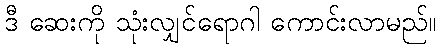
ဒီ ဆေးကို သုံးလျှင်ရောဂါ ကောင်းလာမည်။